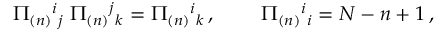
\Pi _ { ( n ) } { } ^ { i } { } _ { j } \; \Pi _ { ( n ) } { } ^ { j } { } _ { k } = \Pi _ { ( n ) } { } ^ { i } { } _ { k } \, , \; \; \; \; \; \; \; \; \Pi _ { ( n ) } { } ^ { i } { } _ { i } = N - n + 1 \, ,